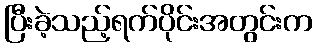
ပြီးခဲ့သည့်ရက်ပိုင်းအတွင်းက